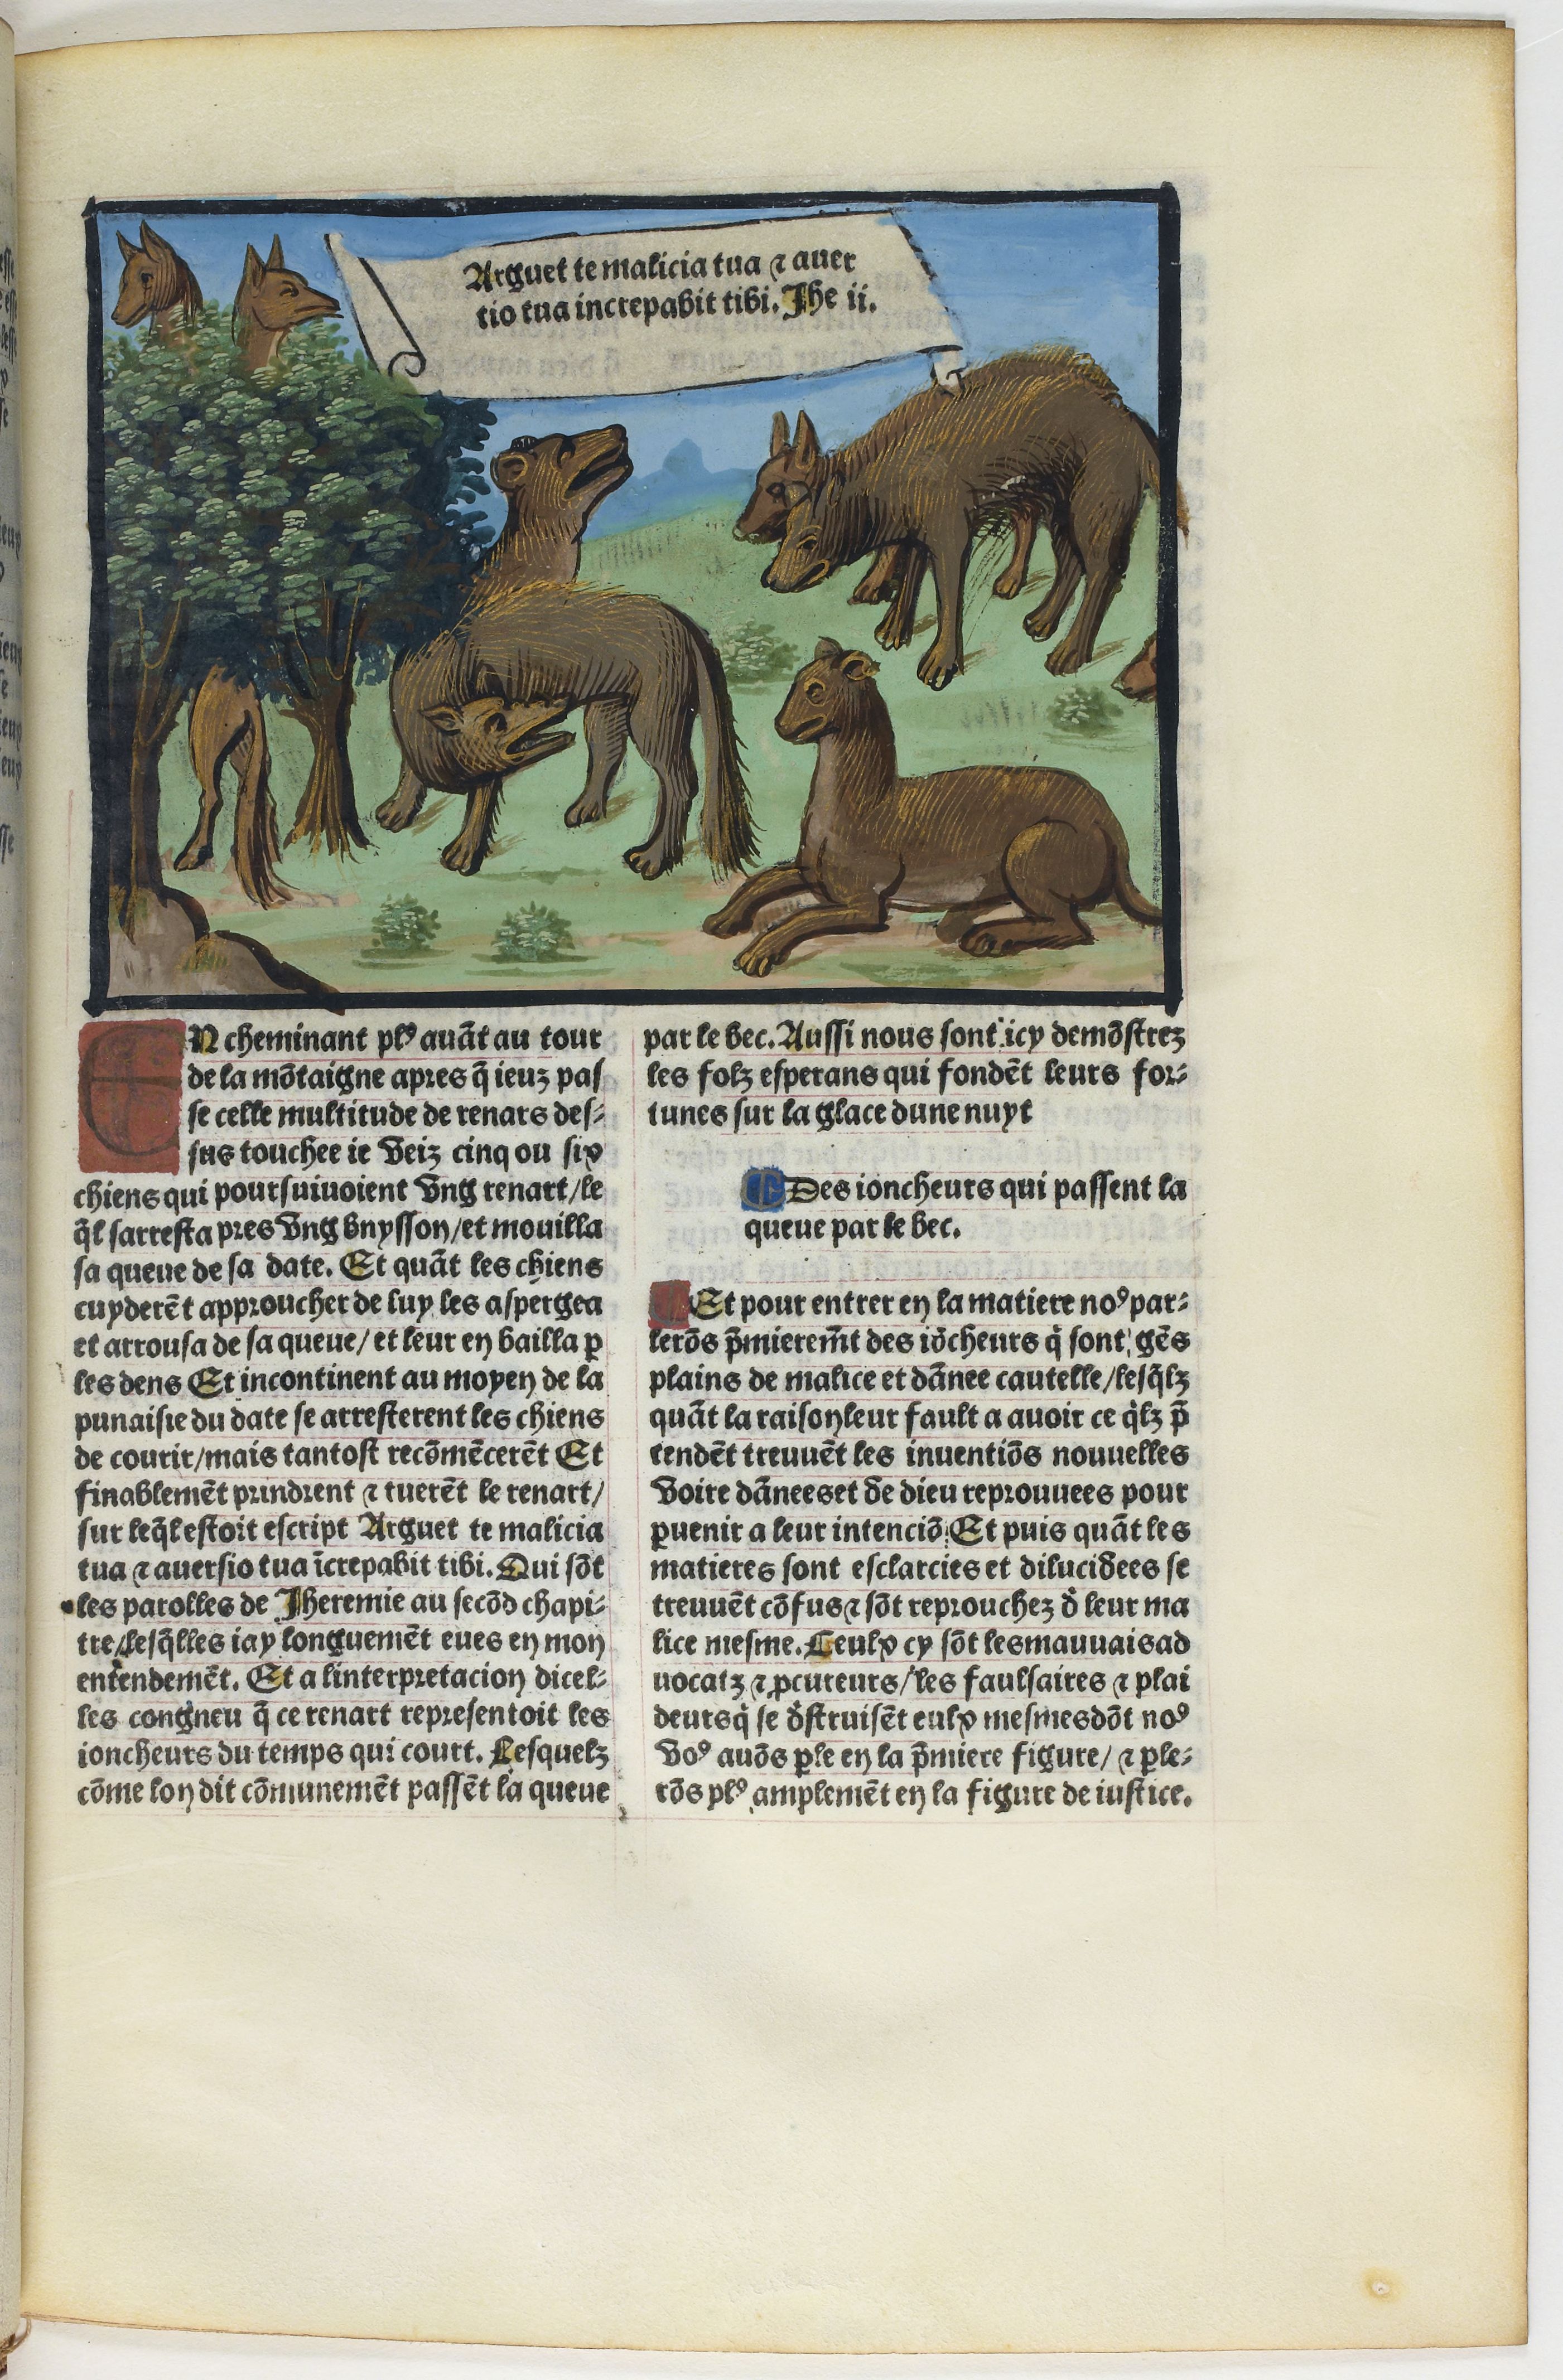
Shelfmark: Paris, BnF, Velins 1103
Century: 16